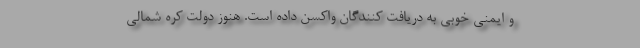
و ایمنی خوبی به دریافت کنندگان واکسن داده است. هنوز دولت کره شمالی